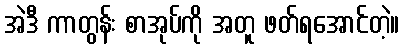
အဲဒီ ကာတွန်း စာအုပ်ကို အတူ ဖတ်ရအောင်တဲ့။